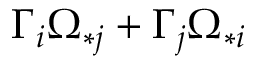
\Gamma _ { i } \Omega _ { \ast j } + \Gamma _ { j } \Omega _ { \ast i }